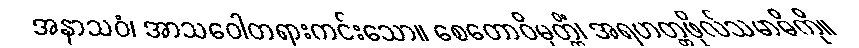
အနာသဝံ၊ အာသဝေါတရားကင်းသော။ စေတောဝိမုတ္တိံ၊ အရဟတ္တဖိုလ်သမာဓိကို။